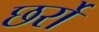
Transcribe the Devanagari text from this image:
छर्रो